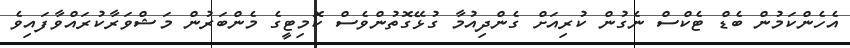
އެހެންކަމުން ބެޑް ޓެކްސް ނެގުން ކުރިއަށް ގެންދިއުމާ ގުޅޭގޮތުންވެސް ކޮމިޓީގެ މެންބަރުން މަޝްވަރާކުރައްވާފައިވެ